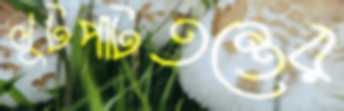
লুটপাটতন্ত্রের